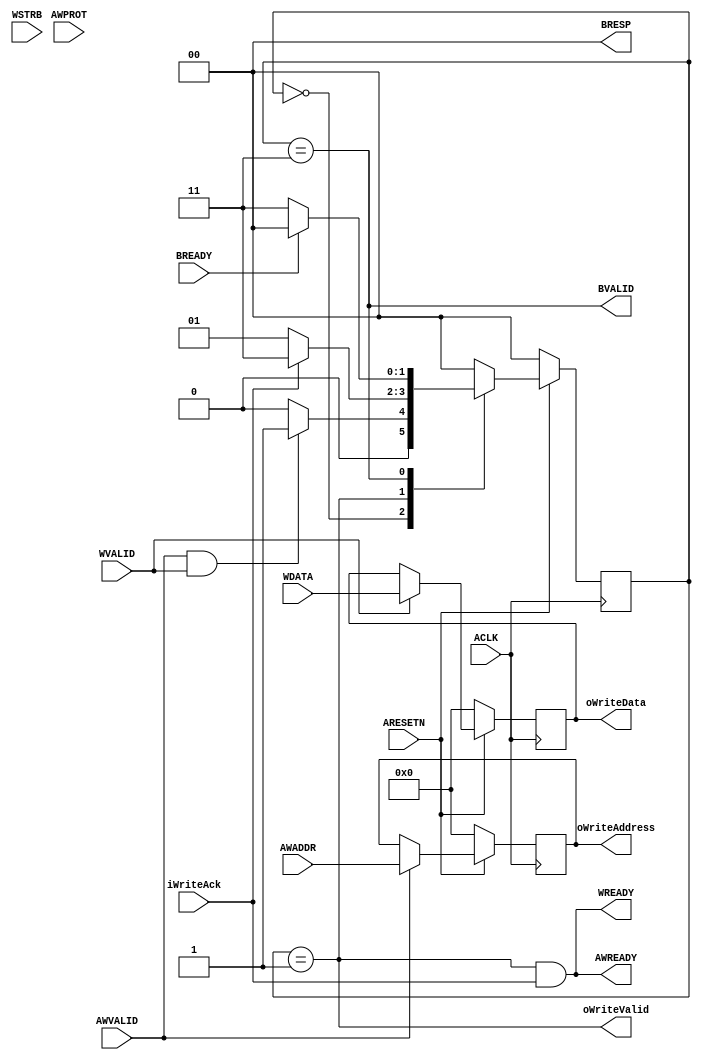
//////////////////////////////////////////////////////////////////////////////////
// AXI4LiteSlaveInterfaceWriteChannel for Cosmos OpenSSD
// Copyright (c) 2015 Hanyang University ENC Lab.
// Contributed by Kibin Park <kbpark@enc.hanyang.ac.kr>
//                Yong Ho Song <yhsong@enc.hanyang.ac.kr>
//
// This file is part of Cosmos OpenSSD.
//
// Cosmos OpenSSD is free software; you can redistribute it and/or modify
// it under the terms of the GNU General Public License as published by
// the Free Software Foundation; either version 3, or (at your option)
// any later version.
//
// Cosmos OpenSSD is distributed in the hope that it will be useful,
// but WITHOUT ANY WARRANTY; without even the implied warranty of
// MERCHANTABILITY or FITNESS FOR A PARTICULAR PURPOSE.
// See the GNU General Public License for more details.
//
// You should have received a copy of the GNU General Public License
// along with Cosmos OpenSSD; see the file COPYING.
// If not, see <http://www.gnu.org/licenses/>. 
//////////////////////////////////////////////////////////////////////////////////

//////////////////////////////////////////////////////////////////////////////////
// Company: ENC Lab. <http://enc.hanyang.ac.kr>
// 
// Project Name: Cosmos OpenSSD
// Design Name: AXI4Lite slave interface write channel
// Module Name: AXI4LiteSlaveInterfaceWriteChannel
//
// Version: v1.0.0
//
// Description: Write channel control for AXI4-Lite compliant slave interface
//
//////////////////////////////////////////////////////////////////////////////////

//////////////////////////////////////////////////////////////////////////////////
// Revision History:
//
// * v1.0.0
//   - first draft 
//////////////////////////////////////////////////////////////////////////////////
`timescale 1ns / 1ps

module AXI4LiteSlaveInterfaceWriteChannel
#
(
    parameter AddressWidth = 32,
    parameter DataWidth = 32
)
(
    ACLK            ,
    ARESETN         ,
    AWVALID         ,
    AWREADY         ,
    AWADDR          ,
    AWPROT          ,
    WVALID          ,
    WREADY          ,
    WDATA           ,
    WSTRB           ,
    BVALID          ,
    BREADY          ,
    BRESP           ,
    oWriteAddress   ,
    oWriteData      ,
    oWriteValid     ,
    iWriteAck
);

    input                           ACLK            ;
    input                           ARESETN         ;
    input                           AWVALID         ;
    output                          AWREADY         ;
    input   [AddressWidth - 1:0]    AWADDR          ;
    input   [2:0]                   AWPROT          ;
    input                           WVALID          ;
    output                          WREADY          ;
    input   [DataWidth - 1:0]       WDATA           ;
    input   [DataWidth/8 - 1:0]     WSTRB           ;
    output                          BVALID          ;
    input                           BREADY          ;
    output  [1:0]                   BRESP           ;
                                    
    output  [AddressWidth - 1:0]    oWriteAddress   ;
    output  [DataWidth - 1:0]       oWriteData      ;
    output                          oWriteValid     ;
    input                           iWriteAck       ;
    
    reg     [AddressWidth - 1:0]    rWriteAddress   ;
    reg     [DataWidth - 1:0]       rWriteData      ;
    
    localparam  State_Idle          = 2'b00; 
    localparam  State_INCMDREQ      = 2'b01;
    localparam  State_AXIWRESP      = 2'b11;
    
    reg [1:0]   rCurState   ;
    reg [1:0]   rNextState  ;
    
    always @ (posedge ACLK)
        if (!ARESETN)
            rCurState <= State_Idle;
        else
            rCurState <= rNextState;
    
    always @ (*)
        case (rCurState)
        State_Idle:
            rNextState <= (AWVALID && WVALID)?State_INCMDREQ:State_Idle;        
        State_INCMDREQ:
            rNextState <= (iWriteAck)?State_AXIWRESP:State_INCMDREQ;
        State_AXIWRESP:
            rNextState <= (BREADY)?State_Idle:State_AXIWRESP;
        default:
            rNextState <= State_Idle;
        endcase
    
    assign AWREADY      = ((rCurState == State_INCMDREQ) && iWriteAck);
    assign WREADY       = ((rCurState == State_INCMDREQ) && iWriteAck);
    assign oWriteValid  = (rCurState == State_INCMDREQ);
    
    always @ (posedge ACLK)
        if (!ARESETN)
            rWriteAddress <= {(AddressWidth){1'b0}};
        else
            if (AWVALID)
                rWriteAddress <= AWADDR;
    
    always @ (posedge ACLK)
        if (!ARESETN)
            rWriteData <= {(DataWidth){1'b0}};
        else
            if (WVALID)
                rWriteData <= WDATA;
    
    assign oWriteAddress = rWriteAddress;
    assign oWriteData = rWriteData;
    
    assign BVALID = (rCurState == State_AXIWRESP);
    assign BRESP = 2'b0;
    
endmodule